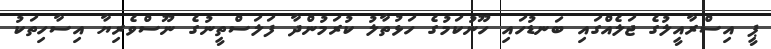
ޕީ އިސްރާއީލުގެ ޖަލެއްގައި ބަނޑުހައި ހޫނުކަމުގެ ހަޅުތާލު ކުރަމުންދާ ފަލަސްތީނުގެ ނޫސްވެރިޔާ އިސާހިތަކު